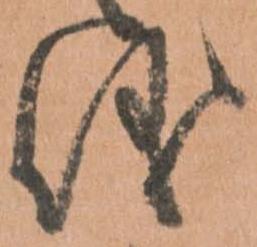
儀